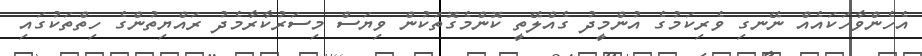
އެހެންވާހަކައެއް ނޭނގި ވެރިކަމުގެ އުންމީދު ގެއްލޭތީ ކޮންމެގޮތަކުން ވިޔަސް މިސަރުކާރާމެދު ރައްޔިތުންގެ ހިތްތަކުގައި